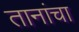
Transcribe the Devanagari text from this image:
तानांचा